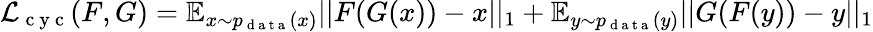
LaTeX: \mathcal{L}_{\mathrm{~c~y~c~}}(F,G)=\mathbb{E}_{x\sim p_{\mathrm{~d~a~t~a~}}(x)}||F(G(x))-x||_{1}+\mathbb{E}_{y\sim p_{\mathrm{~d~a~t~a~}}(y)}||G(F(y))-y||_{1}